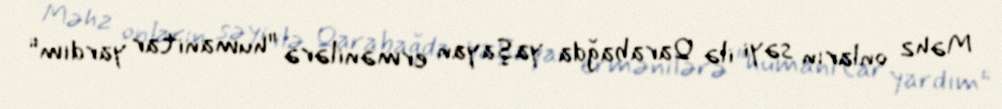
Məhz onların səyi ilə Qarabağda yaşayan ermənilərə "humanitar yardım"